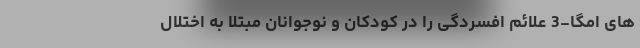
های امگا-3 علائم افسردگی را در کودکان و نوجوانان مبتلا به اختلال